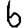
Digit: 6